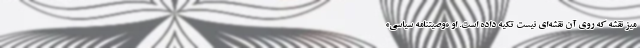
میز نقشه که روی آن نقشه‌ای نیست تکیه داده است. او «وصیتنامه سیاسی»